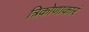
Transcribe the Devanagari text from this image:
त्रिकोणाकारं